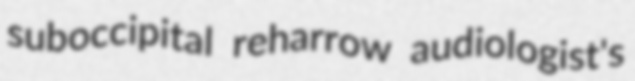
suboccipital reharrow audiologist's